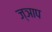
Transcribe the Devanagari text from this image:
ज्ञाप